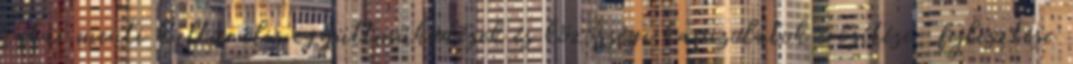
határ menti kulturális együttműködések és közösségi kapcsolatok erősítése, fejlesztése